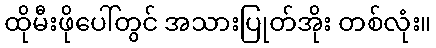
ထိုမီးဖိုပေါ်တွင် အသားပြုတ်အိုး တစ်လုံး။